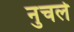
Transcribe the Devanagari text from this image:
नुचले